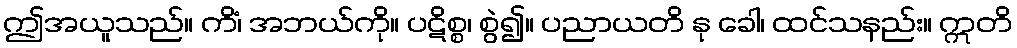
ဤအယူသည်။ ကိံ၊ အဘယ်ကို။ ပဋိစ္စ၊ စွဲ၍။ ပညာယတိ နု ခေါ၊ ထင်သနည်း။ ဣတိ